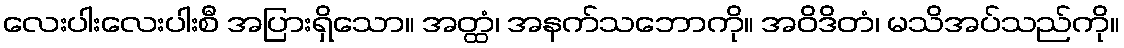
လေးပါးလေးပါးစီ အပြားရှိသော။ အတ္ထံ၊ အနက်သဘောကို။ အဝိဒိတံ၊ မသိအပ်သည်ကို။